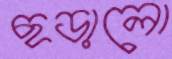
ছড়ালো